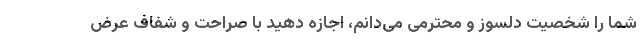
شما را شخصیت دلسوز و محترمی می‌دانم، اجازه دهید با صراحت و شفاف عرض